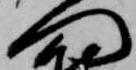
門